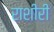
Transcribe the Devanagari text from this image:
राशीरी